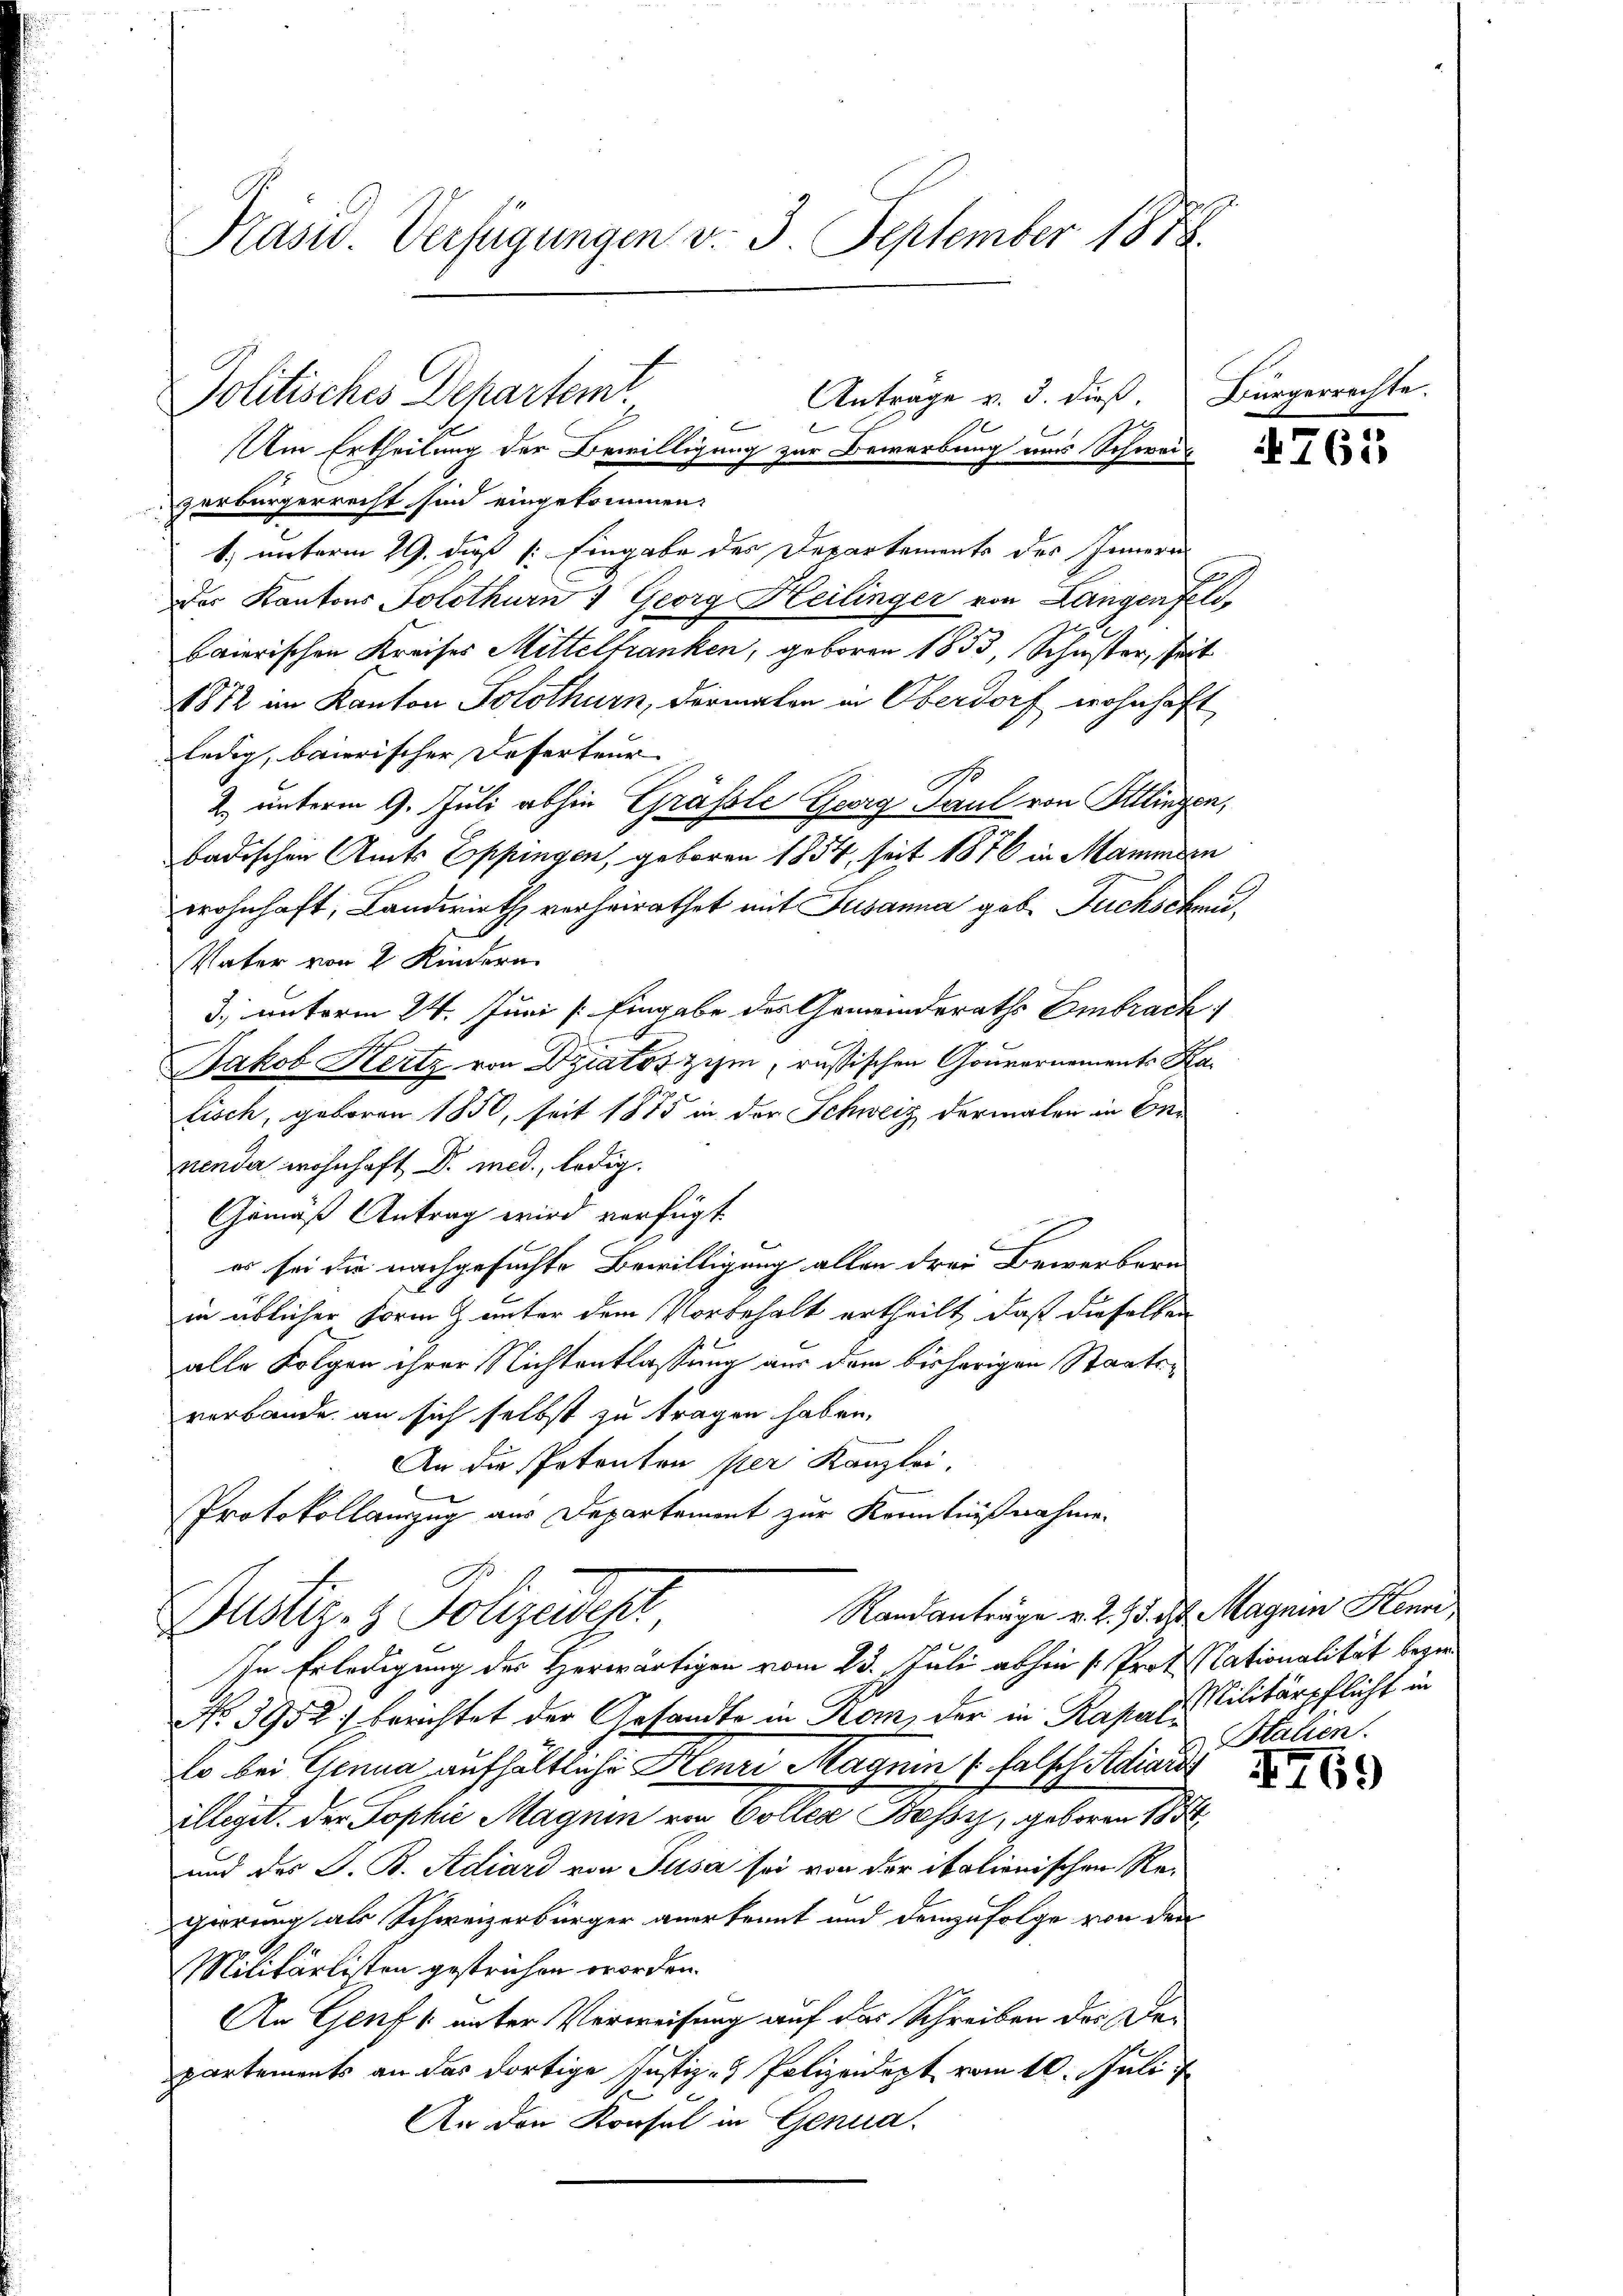
Präsid. Verfügungen v. 3. September 1858.

Antrage v. 3. dieß. Bürgerr
Politisches Departemt
.
Am Ertheilung der Bewilligung zur Bewerbung uns Schweiz

verbürgerrecht sind eingekommen:
1. unterm 29. daß [: Eingabe des Departements des Innern
der Kantons Solothurn 4 Georg Heilinger von Langerfeld,
baierischen Kreises Mittelfranken, geboren 1833, Schuster, seit
1872 im Kanton Solothurn, dermalen in Oberdorf wohnhaft
ledig, baierischer Deserteur
2. unterm 9. Juli abhin Grässle Georg Paul von Sillingen,
badischen Amts Eppingen, geboren 1854, seit 1876 in Mammsen
wohnhaft, Landwirth verheirathet mit Susanna geb. Fuchschei¬
Vater von 2 Kindern.
3. unterm 24. Juni [: Eingabe des Gemeinderaths Embrack
Jakob Hertz von Driator zihm, russischen Gouvernements Kalisch, geboren 1850, seit 1875 in der Schweiz dermalen in Or
nender wohnhaft Dr. med., ledig.
Gemäß Antrag wird verfügt
es sei die nachgesuchte Bewilligung allen drei Bewerbern
in üblicher Form & unter dem Vorbehalt ertheilt, daß dieselben
alle Folgen ihrer Nichtentlassung aus dem bisherigen Staatsverbande an sich selbst zu tragen haben.
An die Petenten per Kanzlei,
Protokollanzug aus Departement zur Kenntnißnahme.

In Erledigung des Herwärtigen vom 23. Juli abhin  Prot. Nationalität bezie¬
No. 3952) berichtet der Gesandte in Kom, der in Rapasilitärpflicht in
Er bei Genua aufhältliche Henri Magnin (falsch Adiares
illeget. Der Sophie Magnin von Coller Bassiz, geboren 1854
und des J. B. Adiard von Pusa sei von der italienischen Regierung als Schweizerbürger anerkennt und demzufolge von den
Militärlisten gestrichen worden.
An Genf unter Verweisung auf das Schreiben des Departements an das dortige Justiz - Polizeidept vom 10. Juli 1
An den Konsul in Genua

Randanträge v. 2. 15. d. Magnin Henri,
Justiz- & Polizeidesh

de.

Stalien.

4769